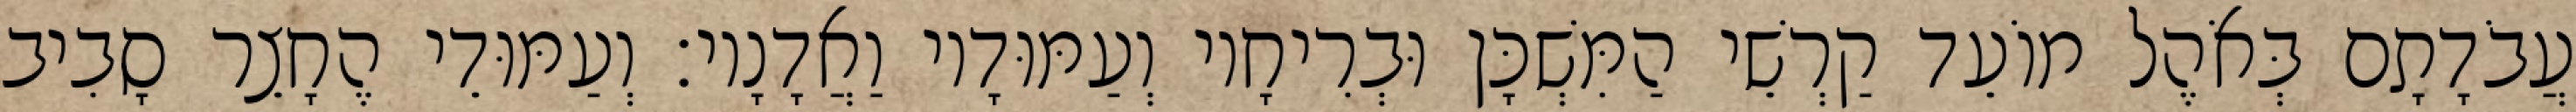
עֲבֹדָתָם בְּאֹהֶל מוֹעֵד קַרְשֵׁי הַמִּשְׁכָּן וּבְרִיחָיו וְעַמּוּדָיו וַאֲדָנָיו׃ וְעַמּוּדֵי הֶחָצֵר סָבִיב